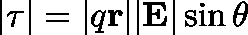
| \mathbf { \tau } | = | q \mathbf { r } | | \mathbf { E } | \sin \theta